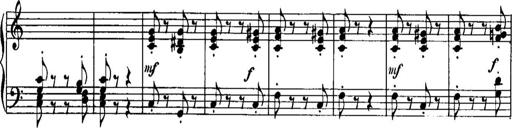
Title: Piano Sonatina No.1, Op.146
Composer: Stephen Heller